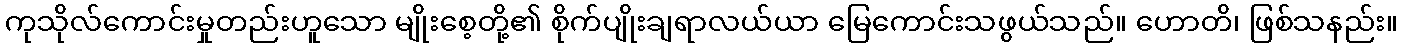
ကုသိုလ်ကောင်းမှုတည်းဟူသော မျိုးစေ့တို့၏ စိုက်ပျိုးချရာလယ်ယာ မြေကောင်းသဖွယ်သည်။ ဟောတိ၊ ဖြစ်သနည်း။